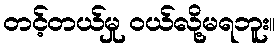
တင့်တယ်မှု ဝယ်လို့မရဘူး။